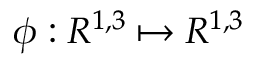
\phi : R ^ { 1 , 3 } \mapsto R ^ { 1 , 3 }